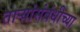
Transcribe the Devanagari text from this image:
तार्‍यांसंबंधीच्या